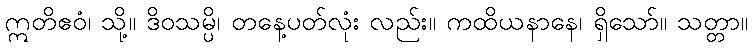
ဣတိဧဝံ၊ သို့။ ဒိဝသမ္ပိ၊ တနေ့ပတ်လုံး လည်း။ ကထိယနာနေ၊ ရှိသော်။ သတ္တာ။